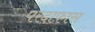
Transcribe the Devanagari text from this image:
परदाफास